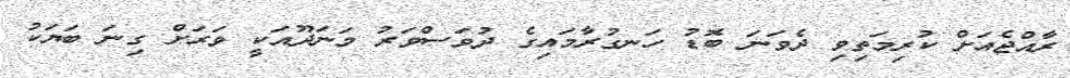
ރާއްޖެއަށް ކުރިމަތިވި ދެވަނަ ބޮޑު ހަނގުރާމައިގެ ދުވަސްވަރު މަނަދޫއަކީ ވަރަށް ގިނަ ބަޔަކު